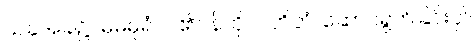
ယခုအခါ၌။ မမဓုရံ၊ ငါ၏ဝန်ကို။ ဝဟိတုံ၊ ဆောင်ရွက်ခြင်းငှါ။